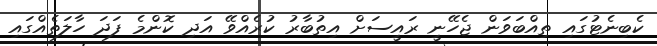
ކެބިނެޓުގައި ތިއްބަވަން ޖެހޭނީ ރައީސަށް އިތުބާރު ކުރެއްވޭ އަދި ކޮންމެ ފަދަ ހާލަތެއްގައި